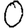
Digit: 0